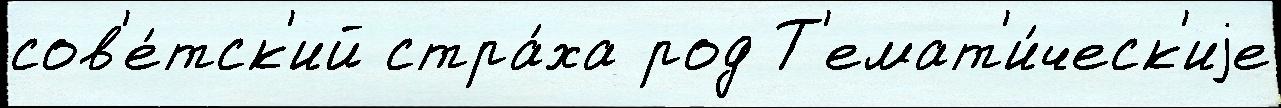
сов'е́тск'ий стра́ха род Т'емат'и́ческ'иjе